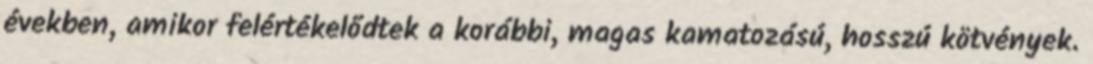
években, amikor felértékelődtek a korábbi, magas kamatozású, hosszú kötvények.